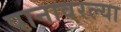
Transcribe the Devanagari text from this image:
पानावरल्या